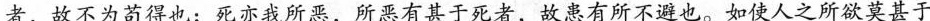
者，故不为苟得也；死亦我所恶，所恶有甚于死者，故患有所不避也。如使人之所欲莫甚于